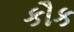
કૌક